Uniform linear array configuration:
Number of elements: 4
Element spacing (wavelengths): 0.75
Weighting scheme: blackman
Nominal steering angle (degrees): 15
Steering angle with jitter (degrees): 15.119
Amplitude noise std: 0.05
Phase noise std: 0.05

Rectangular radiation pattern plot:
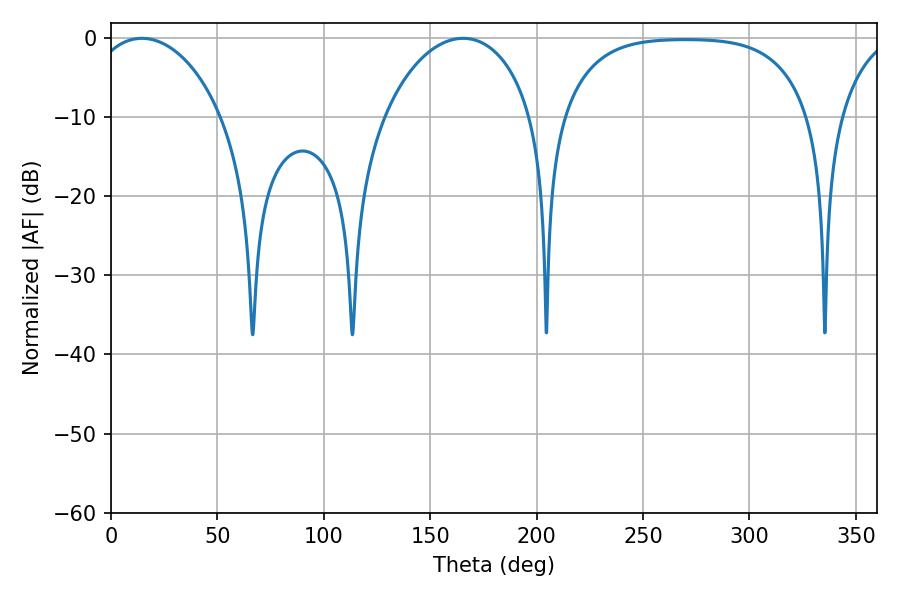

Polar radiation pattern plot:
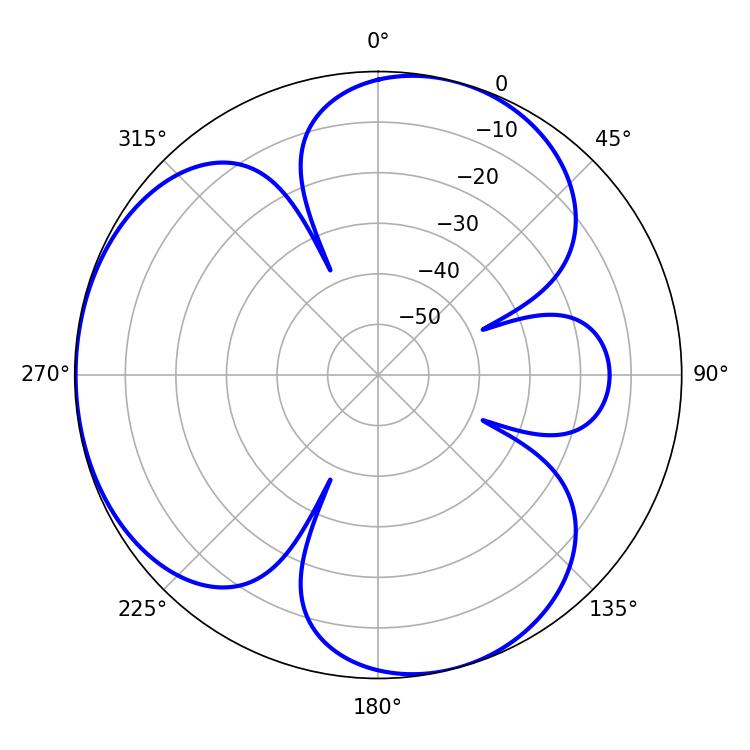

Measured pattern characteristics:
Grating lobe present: TRUE
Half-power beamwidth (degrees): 35.64
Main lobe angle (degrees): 14.58